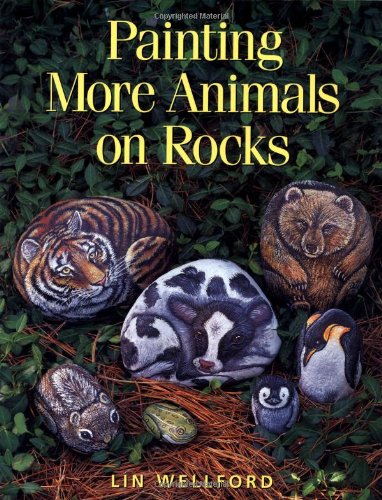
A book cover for Painting More Animals on Rocks; Lin Wellford; Arts & Photography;